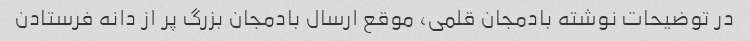
در توضیحات نوشته بادمجان قلمی، موقع ارسال بادمجان بزرگ پر از دانه فرستادن